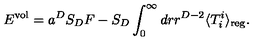
E ^ { \mathrm { v o l } } = a ^ { D } S _ { D } F - S _ { D } \int _ { 0 } ^ { \infty } d r r ^ { D - 2 } \langle T _ { i } ^ { i } \rangle _ { \mathrm { r e g } } .